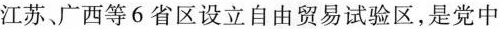
江苏、广西等6省区设立自由贸易试验区，是党中